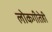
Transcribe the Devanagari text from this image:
लोकगीतेही